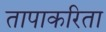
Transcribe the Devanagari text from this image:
तापाकरिता